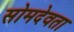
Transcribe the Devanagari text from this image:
सोमदेवता